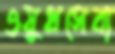
ওষুধসেবা